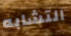
التشابه